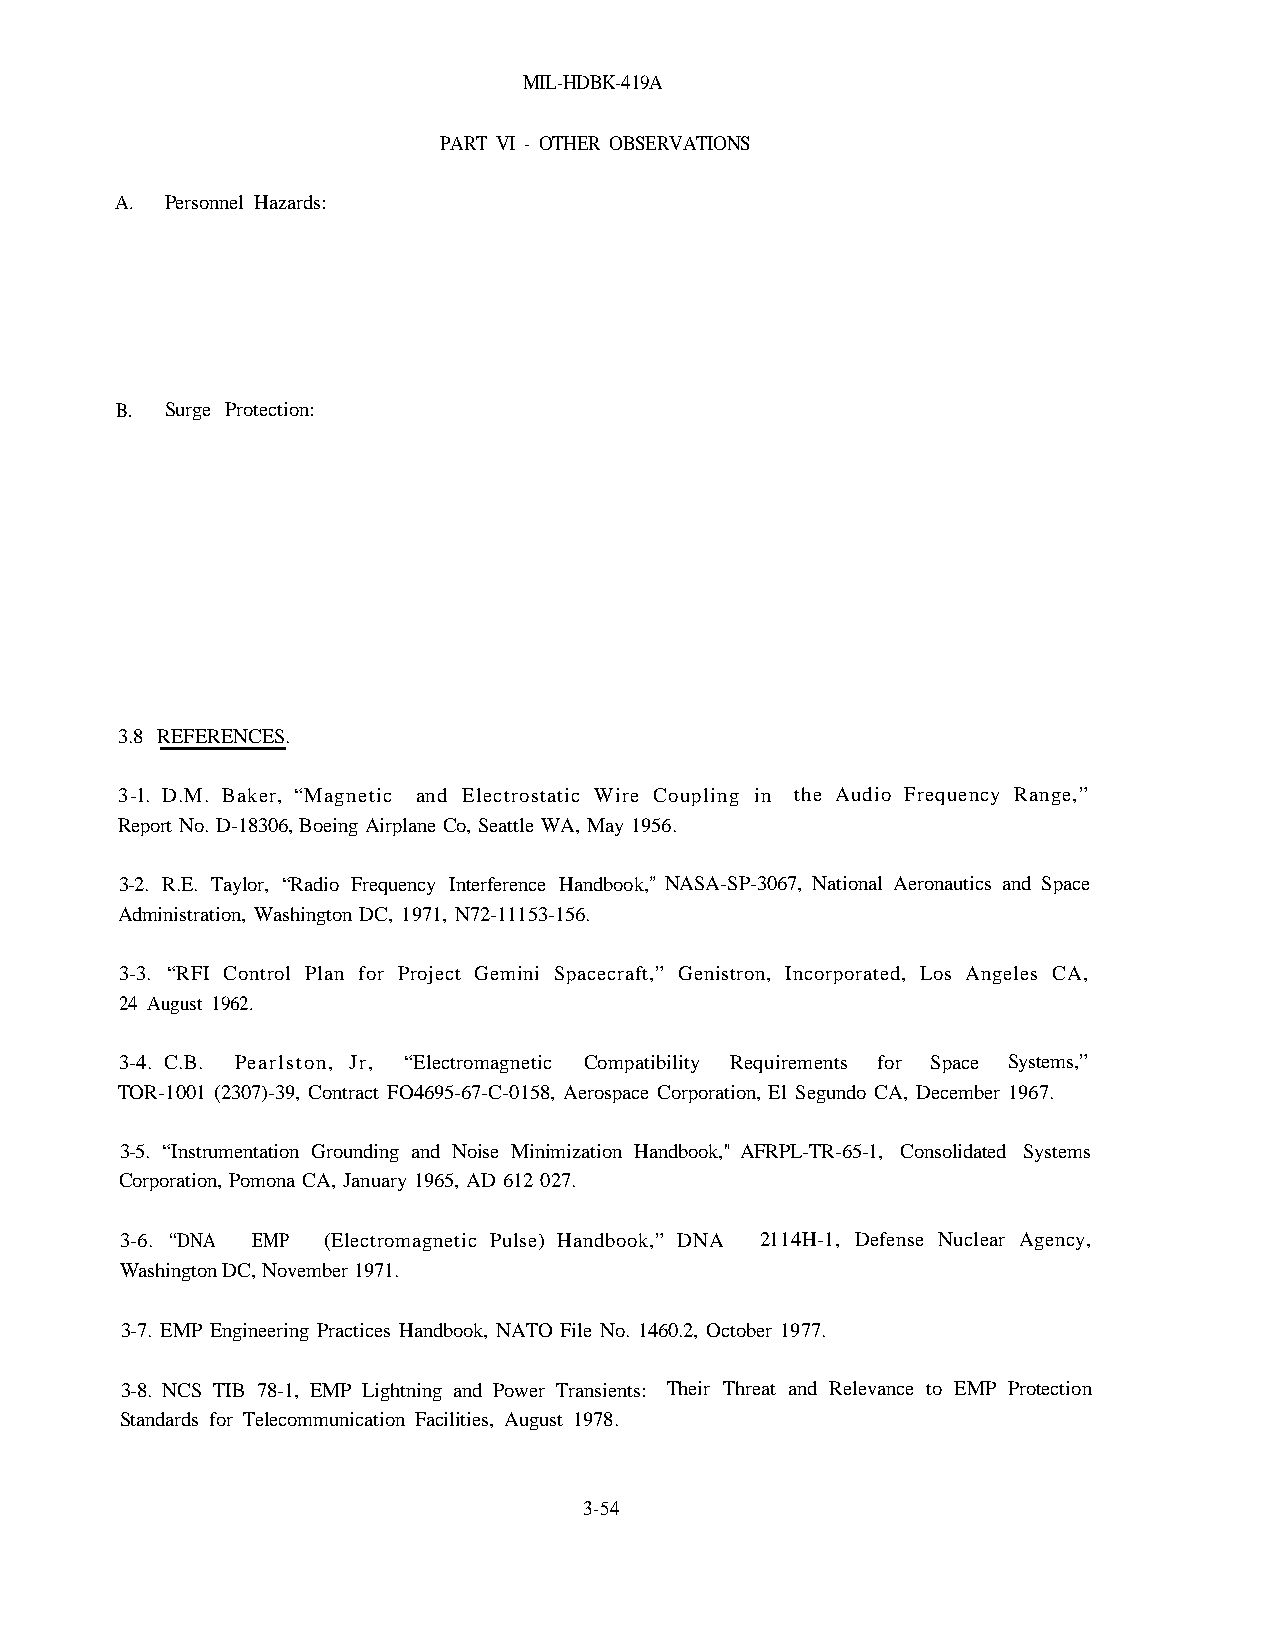
MIL-HDBK-419A
 PART VI - OTHER OBSERVATIONS
 A. Personnel Hazards:
 B. Surge Protection:
 3.8 REFERENCES.
 3-l. D.M. Baker, “Magnetic and Electrostatic Wire Coupling in the Audio Frequency Range,”
 Report No. D-18306, Boeing Airplane Co, Seattle WA, May 1956.
 3-2. R.E. Taylor, “Radio Frequency Interference Handbook," NASA-SP-3067, National Aeronautics and Space
 Administration, Washington DC, 1971, N72-11153-156.
 3-3. “RFI Control Plan for Project Gemini Spacecraft,” Genistron, Incorporated, Los Angeles CA,
 24 August 1962.
 3-4. C.B. Pearlston, Jr, “Electromagnetic Compatibility Requirements for Space Systems,”
 TOR-1001 (2307)-39, Contract FO4695-67-C-0158, Aerospace Corporation, El Segundo CA, December 1967.
 3-5. “Instrumentation Grounding and Noise Minimization Handbook," AFRPL-TR-65-1, Consolidated Systems
 Corporation, Pomona CA, January 1965, AD 612 027.
 3-6. “DNA EMP (Electromagnetic Pulse) Handbook,” DNA 2114H-1, Defense Nuclear Agency,
 Washington DC, November 1971.
 3-7. EMP Engineering Practices Handbook, NATO File No. 1460.2, October 1977.
 3-8. NCS TIB 78-1, EMP Lightning and Power Transients: Their Threat and Relevance to EMP Protection
 Standards for Telecommunication Facilities, August 1978.
 3-54